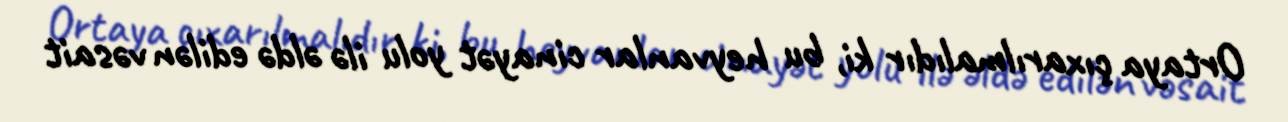
Ortaya çıxarılmalıdır ki, bu heyvanlar cinayət yolu ilə əldə edilən vəsait